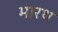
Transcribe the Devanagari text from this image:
भारथ